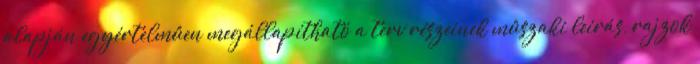
alapján egyértelmûen megállapítható a terv részeinek mûszaki leírás, rajzok